Document type: Emphyteutic lease
Year: 1283
Scribe: Pere Marquès
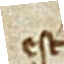
est